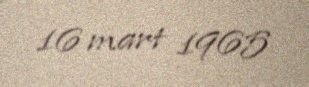
16 mart 1965